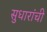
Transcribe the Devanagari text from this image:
सुधारांची